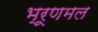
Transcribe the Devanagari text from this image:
भ्रूणमल